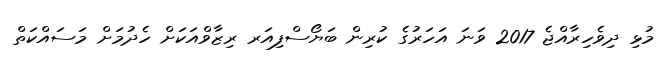
މުޅި ދިވެހިރާއްޖެ 2017 ވަނަ އަހަރުގެ ކުރިން ބަޔޯސްފިއަރ ރިޒާވްއަކަށް ހެދުމަށް މަސައްކަތް